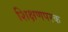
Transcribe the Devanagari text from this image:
शिक्षणपरक